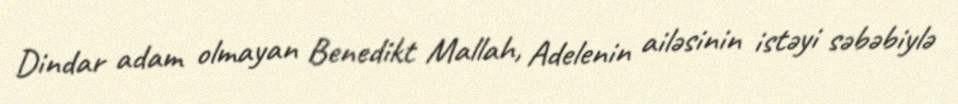
Dindar adam olmayan Benedikt Mallah, Adelenin ailəsinin istəyi səbəbiylə